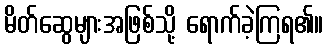
မိတ်ဆွေများအဖြစ်သို့ ရောက်ခဲ့ကြရ၏။